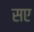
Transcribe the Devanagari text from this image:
सए